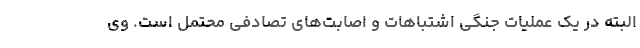
البته در یک عملیات جنگی اشتباهات و اصابت‌های تصادفی محتمل است. وی